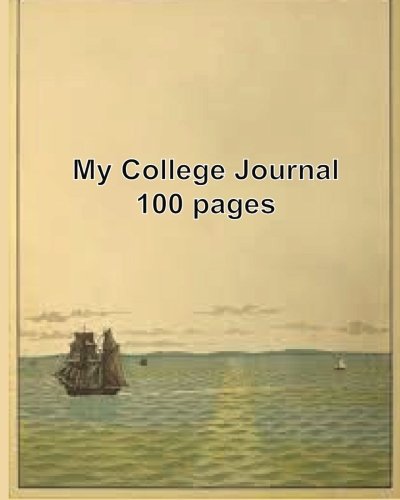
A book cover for My College Journal; "Col Inc126; Crafts, Hobbies & Home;